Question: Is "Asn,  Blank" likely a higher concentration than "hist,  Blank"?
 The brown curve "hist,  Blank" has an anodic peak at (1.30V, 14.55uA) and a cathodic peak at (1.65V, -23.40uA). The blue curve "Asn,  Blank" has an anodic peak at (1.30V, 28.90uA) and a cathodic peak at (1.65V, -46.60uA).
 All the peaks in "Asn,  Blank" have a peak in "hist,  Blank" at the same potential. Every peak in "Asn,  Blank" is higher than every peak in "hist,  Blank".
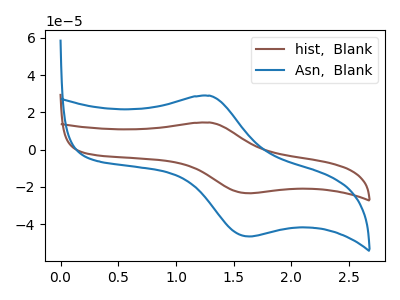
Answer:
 <answer>"Asn,  Blank" has more signal than "hist,  Blank".</answer>
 <eval>more_signal</eval>